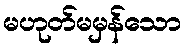
မဟုတ်မမှန်သော